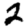
Digit: 2